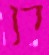
דן